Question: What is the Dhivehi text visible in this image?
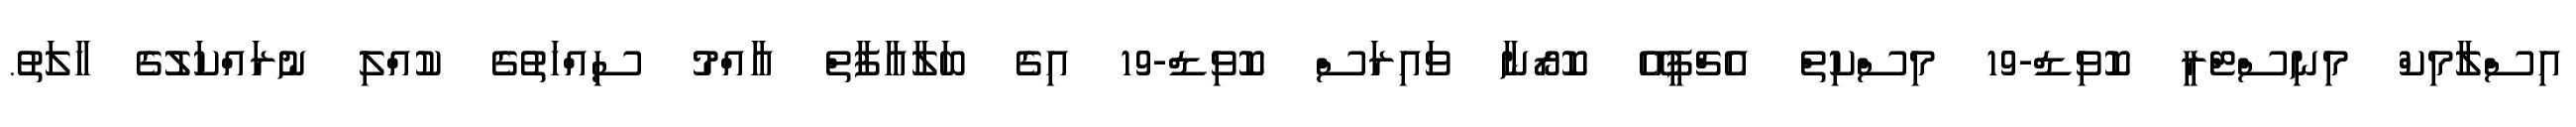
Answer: އިސްލާމިކް މިނިސްޓްރީ ކޮވިޑް-19 މިސްކިތް އެޗްޕީއޭ ކޮރޯނާ ވައިރަސް ކޮވިޑް-19 އިގެ ބަލާއާފާތް އާއްމު ސިއްހަތުގެ ކުއްލި ނުރައްކަލުގެ ހާލަތު.